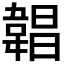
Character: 𩎿